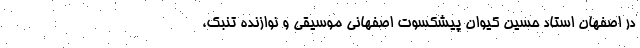
در اصفهان استاد حسین کیوان پیشکسوت اصفهانی موسیقی و نوازنده تنبک،